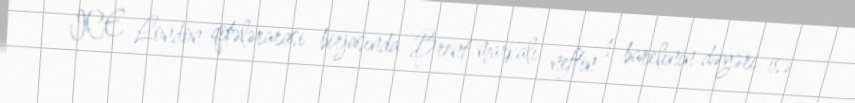
ICE London qitələrarası birjasında Brent markalı neftin 1 barelinin dəyəri isə